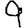
Digit: 9